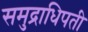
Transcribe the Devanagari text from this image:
समुद्राधिपती